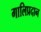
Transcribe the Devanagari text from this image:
गालिप्रदान